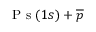
{ \mathrm { ~ P ~ s ~ } ( 1 s ) + \overline { { p } } }